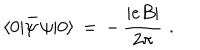
LaTeX: \langle 0 | \bar { \psi } \, \psi | 0 \rangle \, = \, - \, \frac { | e B | } { 2 \pi } \, \, .